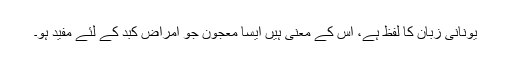
یونانی زبان کا لفظ ہے، اِس کے معنی ہیں ایسا معجون جو امراض کبد کے لئے مفید ہو۔